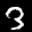
Label: 3